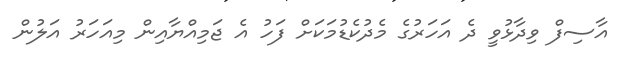
އާސިފް ވިދާޅުވީ ދެ އަހަރުގެ މެދުކެޑުމަކަށް ފަހު އެ ޖަމިއްޔާއިން މިއަހަރު އަލުން